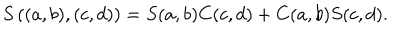
LaTeX: S \left( ( a , b ) , ( c , d ) \right) = S ( a , b ) C ( c , d ) + C ( a , b ) S ( c , d ) .